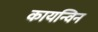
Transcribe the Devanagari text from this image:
कायन्विन